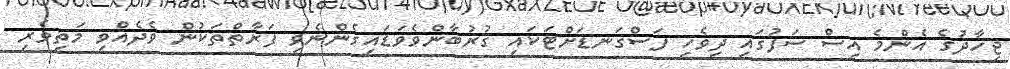
ޖިހާދުގެ އެންމެ އިސް ސަފުގައި ދިވެހި ފަސްގަނޑަށްޓަކައި ޤުރުބާންވެވަޑައިގެންނެވި ފަރާތްތަކުން ވެދެއްވި މަތިވެރި